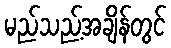
မည်သည့်အချိန်တွင်